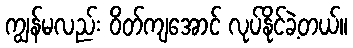
ကျွန်မလည်း ဝိတ်ကျအောင် လုပ်နိုင်ခဲ့တယ်။